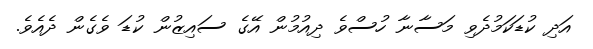
އަދި ކުޑަކަމުދެވި މަސާނާ ހުސްވެ ދިއުމުން އޭގެ ސައިޒުން ކުޑަ ވެގެން ދެއެވެ.